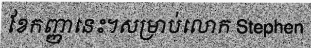
ខែកញ្ញានេះ។សម្រាប់លោក Stephen